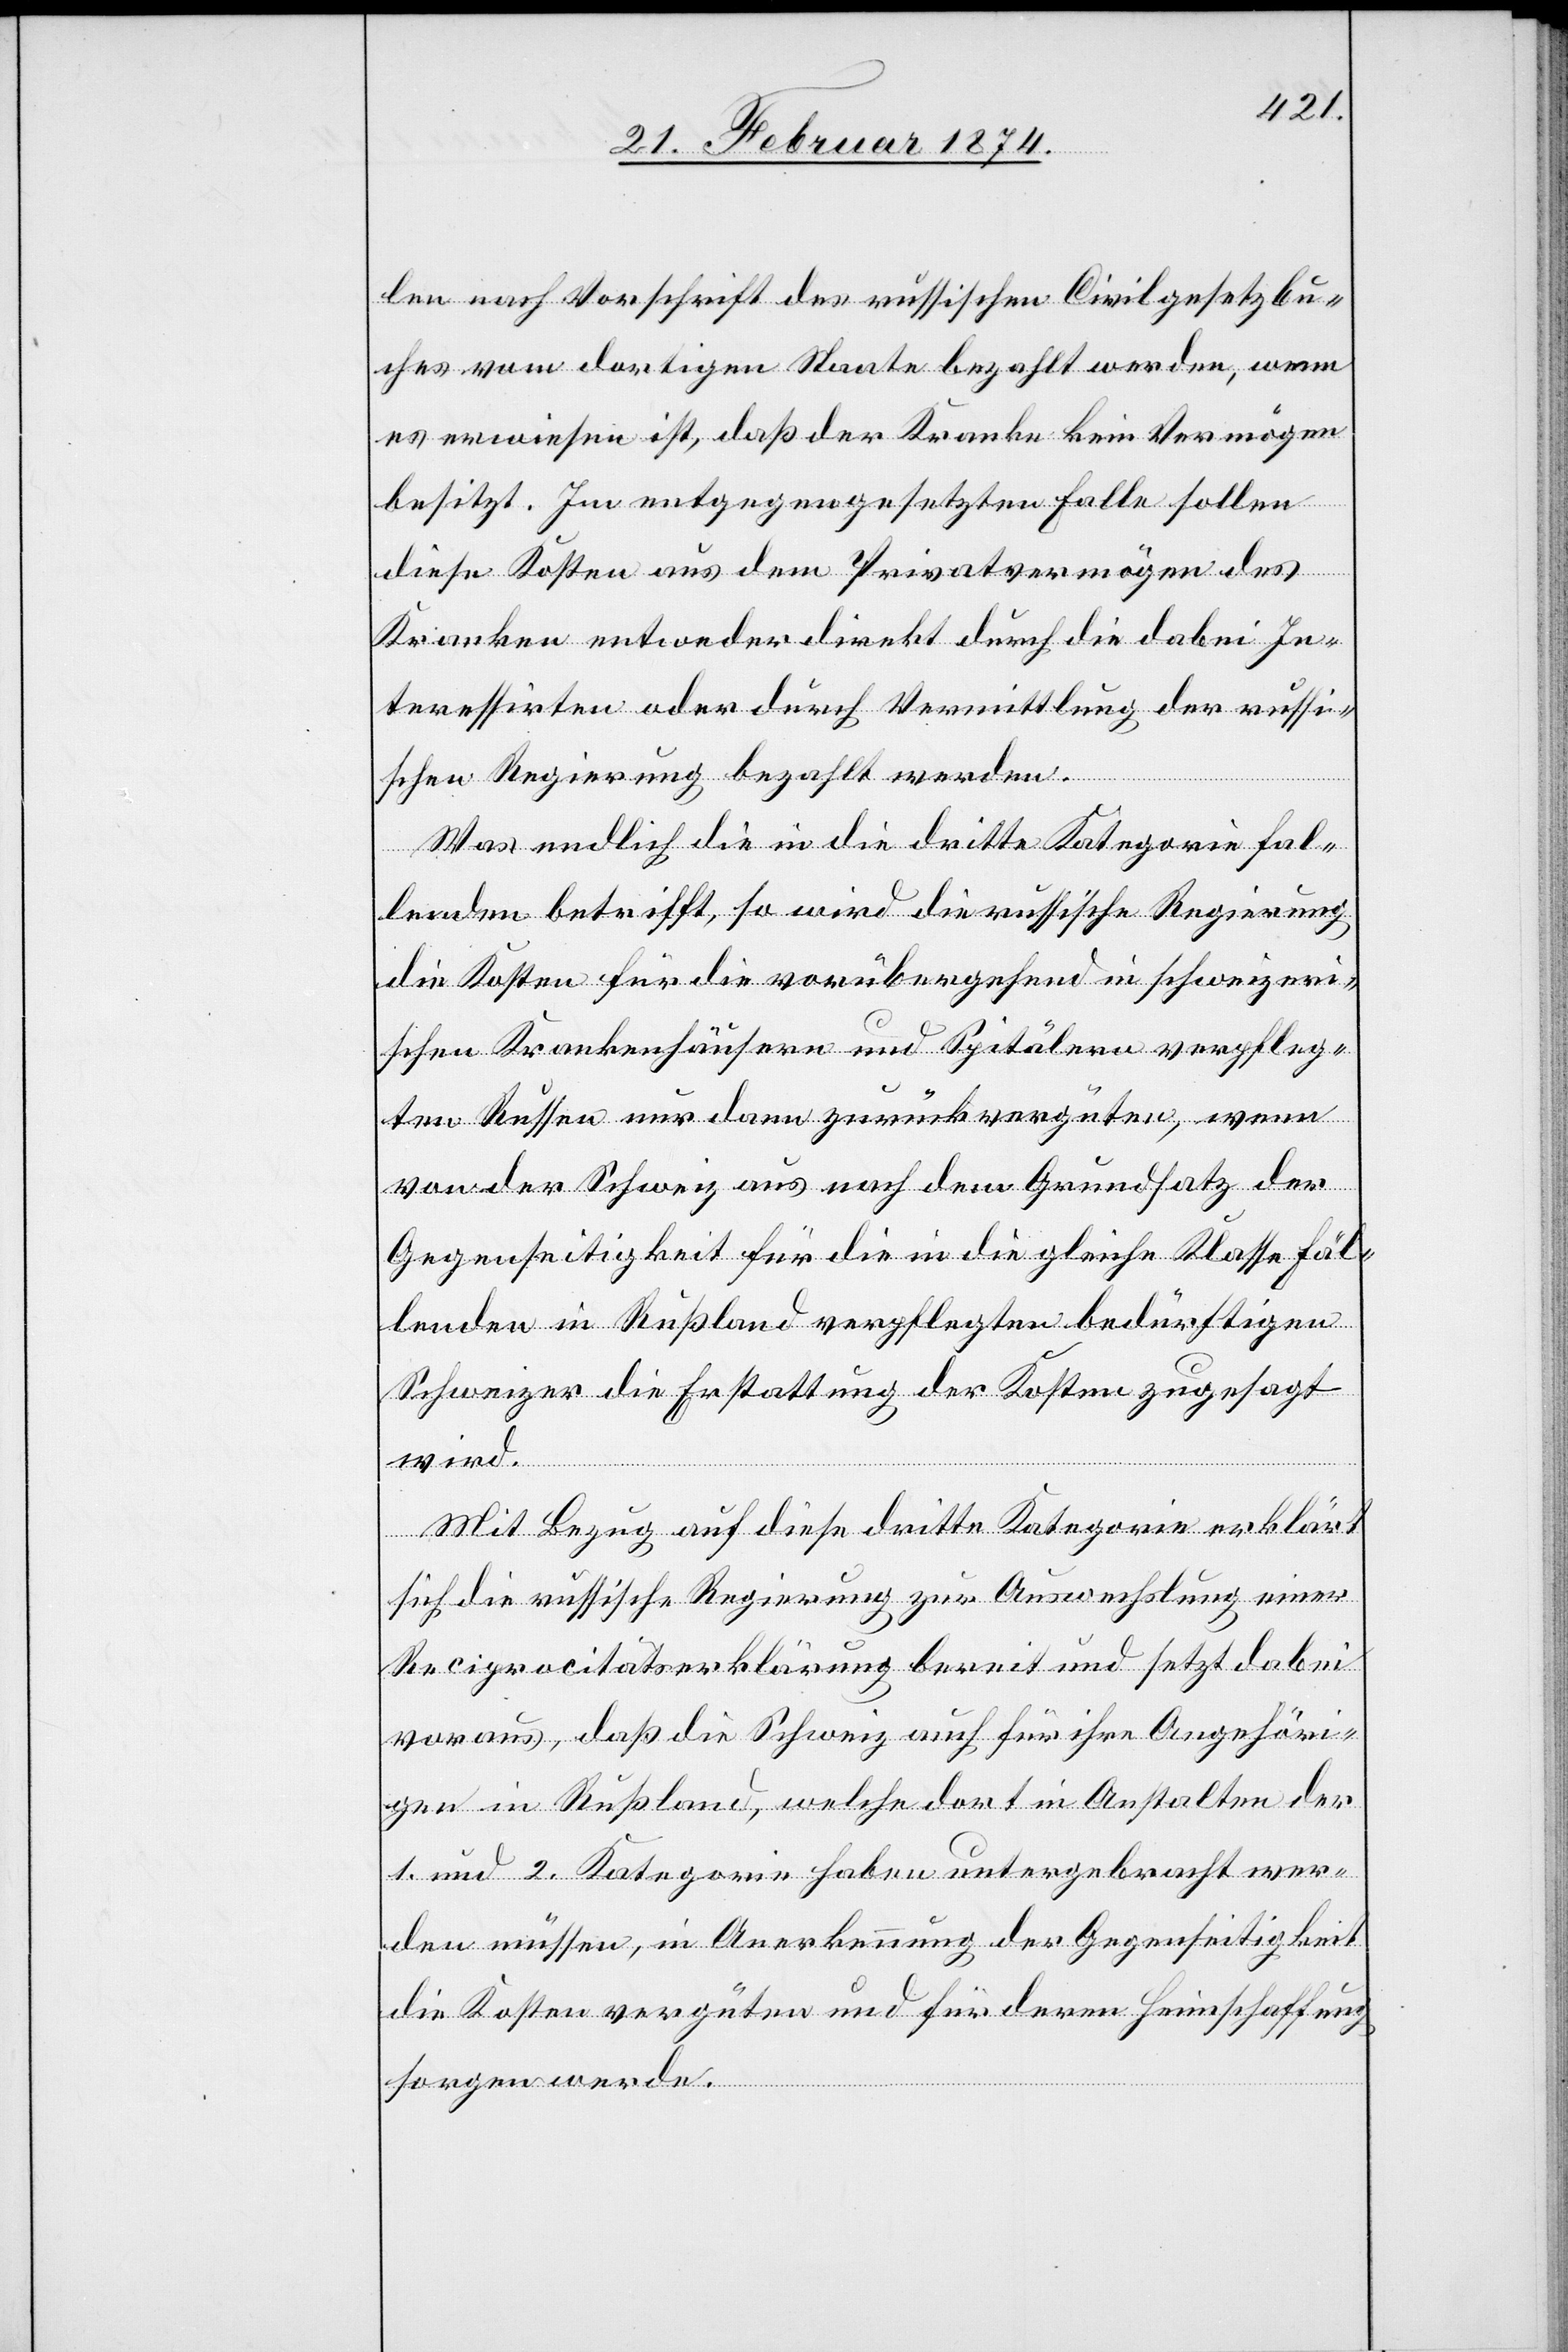
len nach Vorschrift des russischen Civilgesetzbu¬
ches vom dortigen Staate bezahlt werden, wenn
es erwiesen ist, daß der Kranke kein Vermögen
besitzt. Im entgegengesetzten Falle sollen
diese Kosten aus dem Privatvermögen des
Kranken entweder direkt durch die dabei In¬
teressirten oder durch Vermittlung der russi¬
schen Regierung bezahlt werden.
Was endlich die in die dritte Kategorie fal¬
lenden betrifft, so wird die russische Regierung
die Kosten für die vorübergehend in schweizeri¬
schen Krankenhäusern und Spitälern verpfleg¬
ten Russen nur dann zurückvergüten, wenn
von der Schweiz aus nach dem Grundsatz der
Gegenseitigkeit für die in die gleiche Klasse fal¬
lenden in Rußland verpflegten bedürftigen
Schweizer die Erstattung der Kosten zugesagt
wird.
Mit Bezug auf diese dritte Kategorie erklärt
sich die russische Regierung zur Auswechslung einer
Reciprocitätserklärung bereit und setzt dabei
voraus, daß die Schweiz auch für ihre Angehöri¬
gen in Rußland, welche dort in Anstalten der
1. und 2. Kategorie haben untergebracht wer¬
den müssen, in Anerkennung der Gegenseitigkeit
die Kosten vergüten und für deren Heimschaffung
sorgen werde.